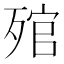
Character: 𣨭